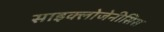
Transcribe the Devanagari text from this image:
साइक्लोजेनीसिस